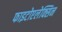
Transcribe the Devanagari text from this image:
फाइटोएलेक्सिन